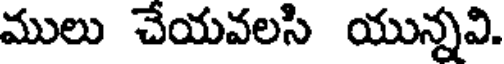
ములు చేయవలసి యున్నవి.